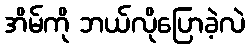
အိမ်ကို ဘယ်လိုပြောခဲ့လဲ